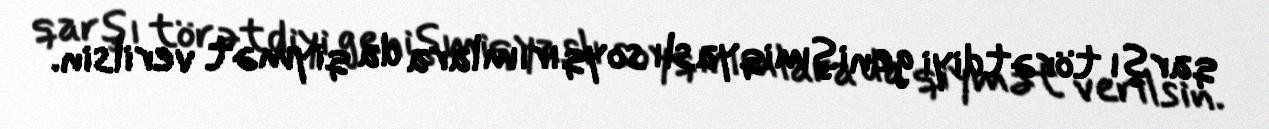
qarşı törətdiyi genişmiqyaslı soyqırımlara da qiymət verilsin.